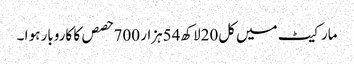
مارکیٹ میں کل20لاکھ54ہزار 700حصص کا کاروبار ہو ا ۔